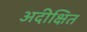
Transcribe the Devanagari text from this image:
अदीक्षित